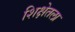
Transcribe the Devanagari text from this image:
शिक्षेतला